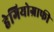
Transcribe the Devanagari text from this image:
हेगियोग्राफी